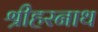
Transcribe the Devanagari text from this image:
श्रीहरनाथ